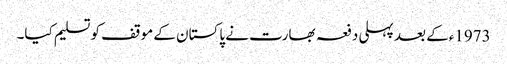
1973ءکے بعد پہلی دفعہ بھارت نے پاکستان کے موقف کو تسلیم کیا۔